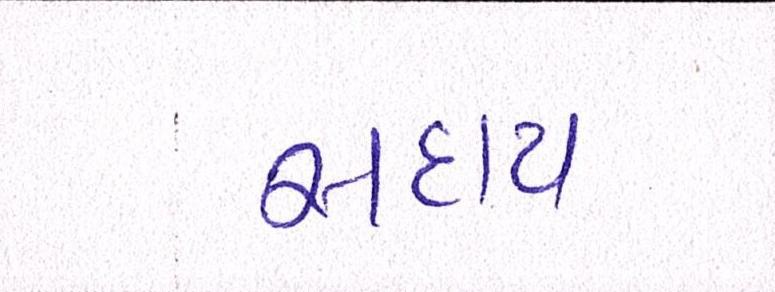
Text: સદાય